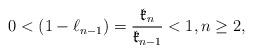
LaTeX: \begin{align*}0 < (1-\ell_{n-1})=\dfrac{\mathfrak{k}_n}{\mathfrak{k}_{n-1}} < 1, n \geq 2,\end{align*}